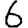
Digit: 6